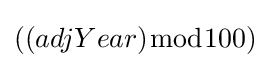
((adjYear){\bmod {1}}00)